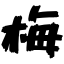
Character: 梅